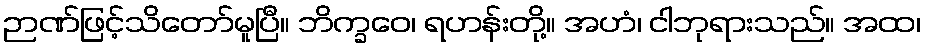
ဉာဏ်ဖြင့်သိတော်မူပြီ။ ဘိက္ခဝေ၊ ရဟန်းတို့။ အဟံ၊ ငါဘုရားသည်။ အထ၊